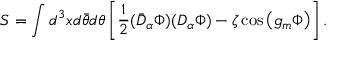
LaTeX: S = \int d ^ { 3 } x d \bar { \theta } d \theta \left[ \frac 1 2 ( \bar { D } _ { \alpha } \Phi ) ( D _ { \alpha } \Phi ) - \zeta \cos \left( g _ { m } \Phi \right) \right] .